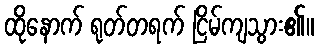
ထိုနောက် ရုတ်တရက် ငြိမ်ကျသွား၏။